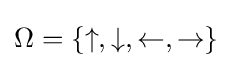
\Omega =\{\uparrow ,\downarrow ,\leftarrow ,\rightarrow \}